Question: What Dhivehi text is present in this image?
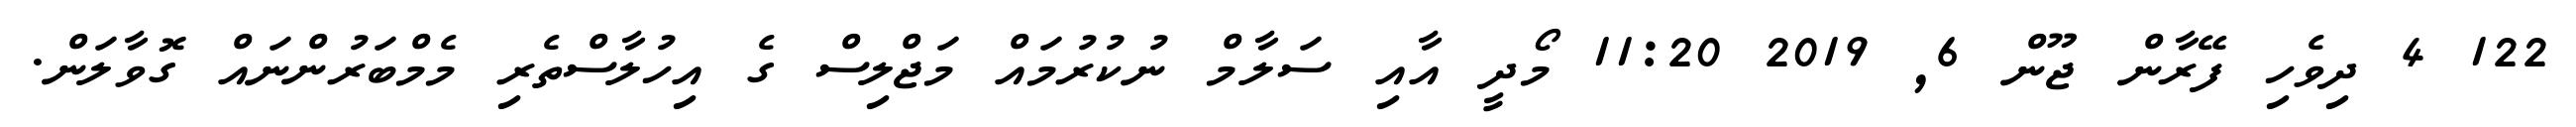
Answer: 122 4 ދިވެހި ފޭރާން ޖޫން 6, 2019 11:20 މޯދީ އާއި ސަލާމް ނުކުރުމައް މަޖްލިސް ގެ އިހުލާސްތެރި މެމްބަރުންނައް ގޮވާލަން.